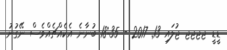
ޑީޑީ ޖޖޖޖ ޖުލައި 13